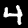
Label: 4